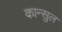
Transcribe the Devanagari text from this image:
कान्सुल